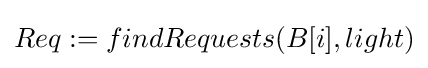
Req:=findRequests(B[i],light)